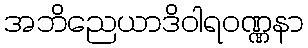
အဘိညေယာဒိဝါရဝဏ္ဏနာ